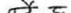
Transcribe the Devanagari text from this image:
हो